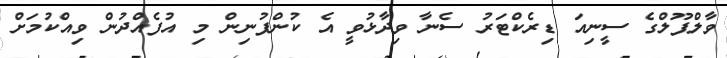
ވާލްޕޫލްގެ ސީނިއަ ޑިރެކްޓަރު ސެނާ ވިދާޅުވީ އެ ކުންފުނިން މި އުފެއްދުން ވިއްކުމަށް